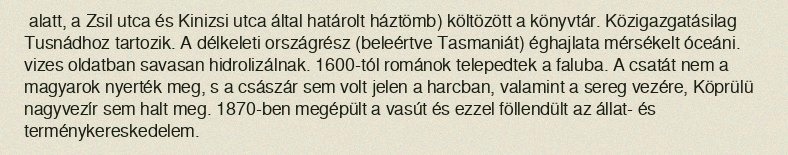
alatt, a Zsil utca és Kinizsi utca által határolt háztömb) költözött a könyvtár. Közigazgatásilag Tusnádhoz tartozik. A délkeleti országrész (beleértve Tasmaniát) éghajlata mérsékelt óceáni. vizes oldatban savasan hidrolizálnak. 1600-tól románok telepedtek a faluba. A csatát nem a magyarok nyerték meg, s a császár sem volt jelen a harcban, valamint a sereg vezére, Köprülü nagyvezír sem halt meg. 1870-ben megépült a vasút és ezzel föllendült az állat- és terménykereskedelem.